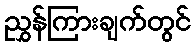
ညွှန်ကြားချက်တွင်